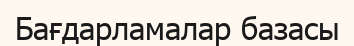
Бағдарламалар базасы